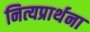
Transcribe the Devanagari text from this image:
नित्यप्रार्थना